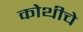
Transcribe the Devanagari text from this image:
कोथीचे